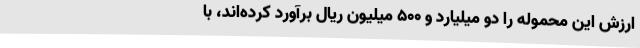
ارزش این محموله را دو میلیارد و 500 میلیون ریال برآورد کرده‌اند، با